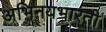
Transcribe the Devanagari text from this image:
अभिनयभारती